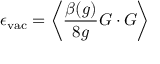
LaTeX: \epsilon _ { \mathrm { v a c } } = \left< \frac { \beta ( g ) } { 8 g } G \cdot G \right>